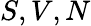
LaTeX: S,V,N